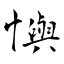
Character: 懙